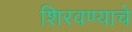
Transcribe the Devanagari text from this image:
शिरवण्याचे